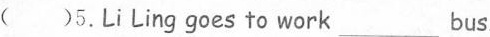
( )5.Li Ling goes to work______ bus.